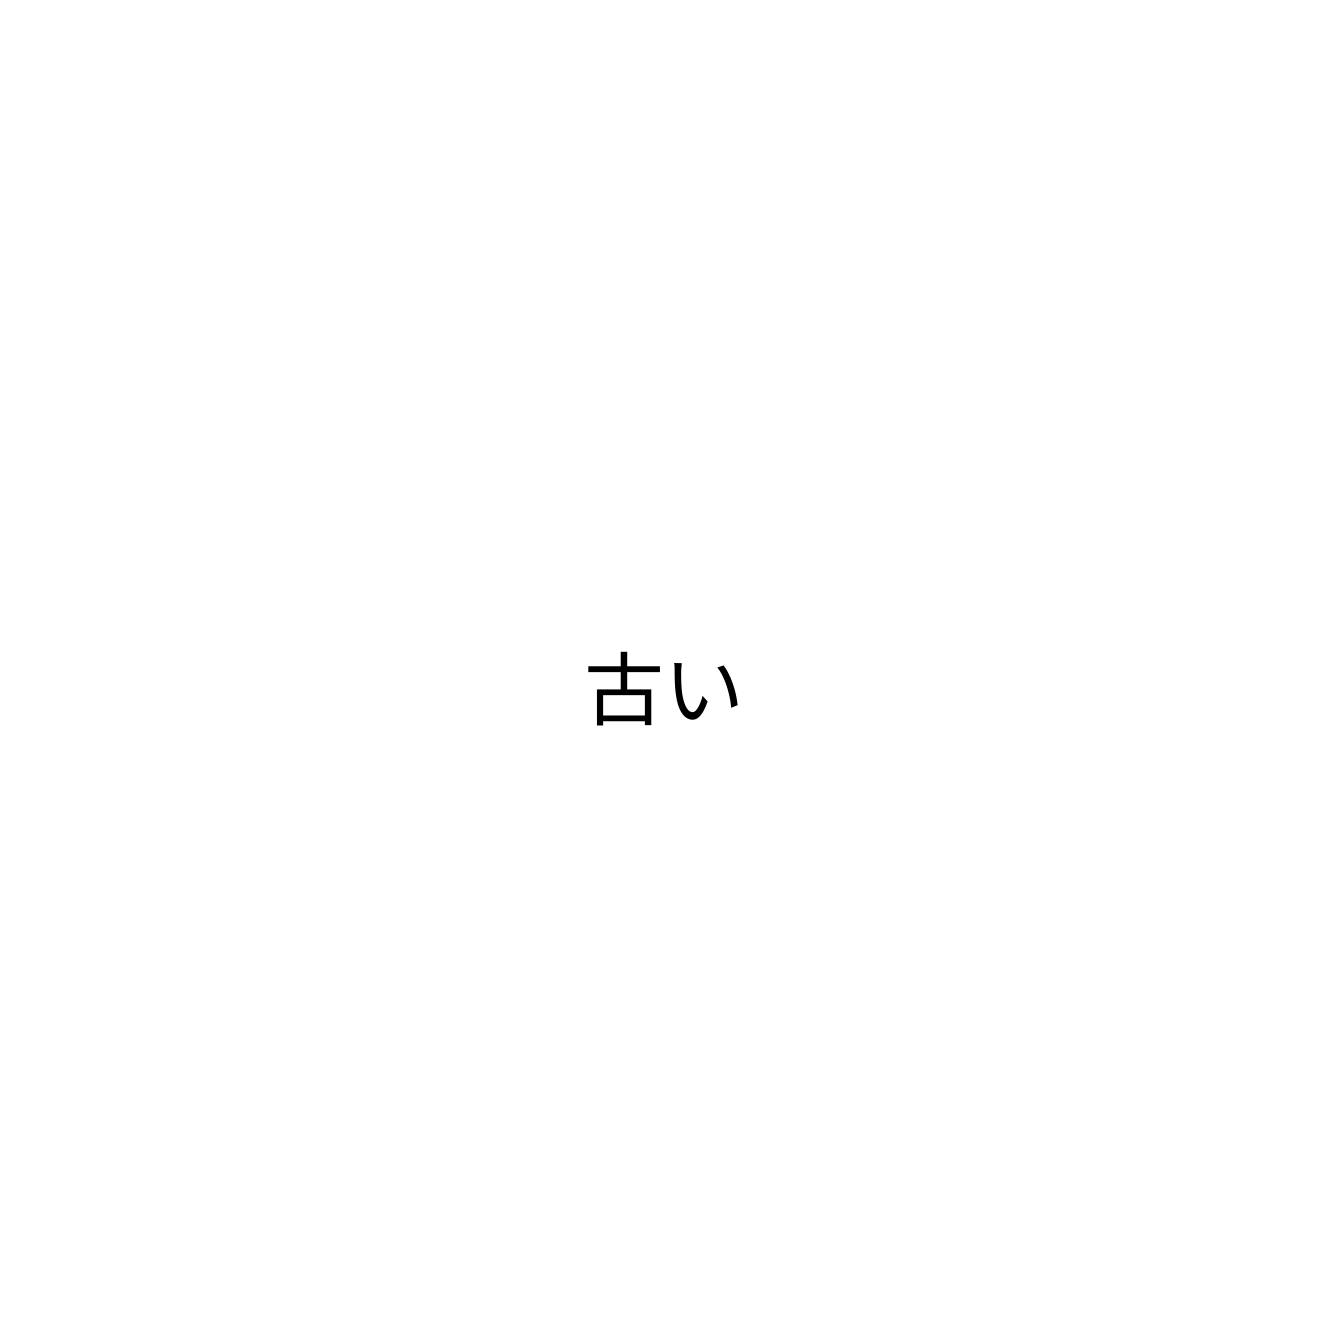
古い